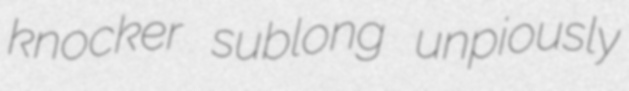
knocker sublong unpiously